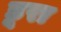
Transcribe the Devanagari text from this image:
डूरा